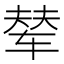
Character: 辇